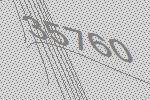
35760